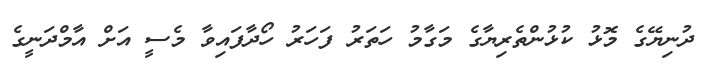
ދުނިޔޭގެ މޮޅު ކުޅުންތެރިޔާގެ މަގާމު ހަތަރު ފަހަރު ހޯދާފައިވާ މެސީ އަށް އާމްދަނީގެ